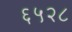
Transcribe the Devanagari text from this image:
६५२८